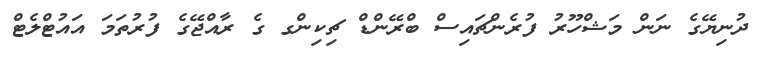
ދުނިޔޭގެ ނަން މަޝްހޫރު ފުރެންޗައިސް ބްރޭންޑް ޗިކިންގ ގެ ރާއްޖޭގެ ފުރުތަމަ އައުޓްލެޓް